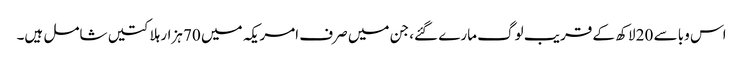
اس وبا سے 20 لاکھ کے قریب لوگ مارے گئے، جن میں صرف امریکہ میں 70 ہزار ہلاکتیں شامل ہیں۔